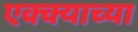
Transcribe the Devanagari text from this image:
एक्क्याच्या